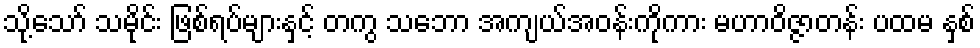
သို့သော် သမိုင်း ဖြစ်ရပ်များနှင့် တကွ သဘော အကျယ်အဝန်းကိုကား မဟာဝိဇ္ဇာတန်း ပထမ နှစ်